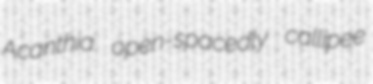
Acanthia open-spacedly callipee